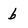
Character: b